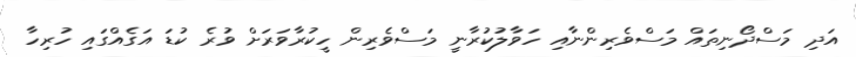
އަދި މަސްދޯނިތައް މަސްވެރިންނާއި ހަވާލުކުރާނީ މަސްވެރިން ހީކުރާވަރަށް ވުރެ ކުޑަ އަގެއްގައި ހުރިހާ